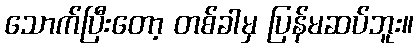
သောက်ပြီးတော့ တစ်ခါမှ ပြန်မဆပ်ဘူး။